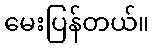
မေးပြန်တယ်။